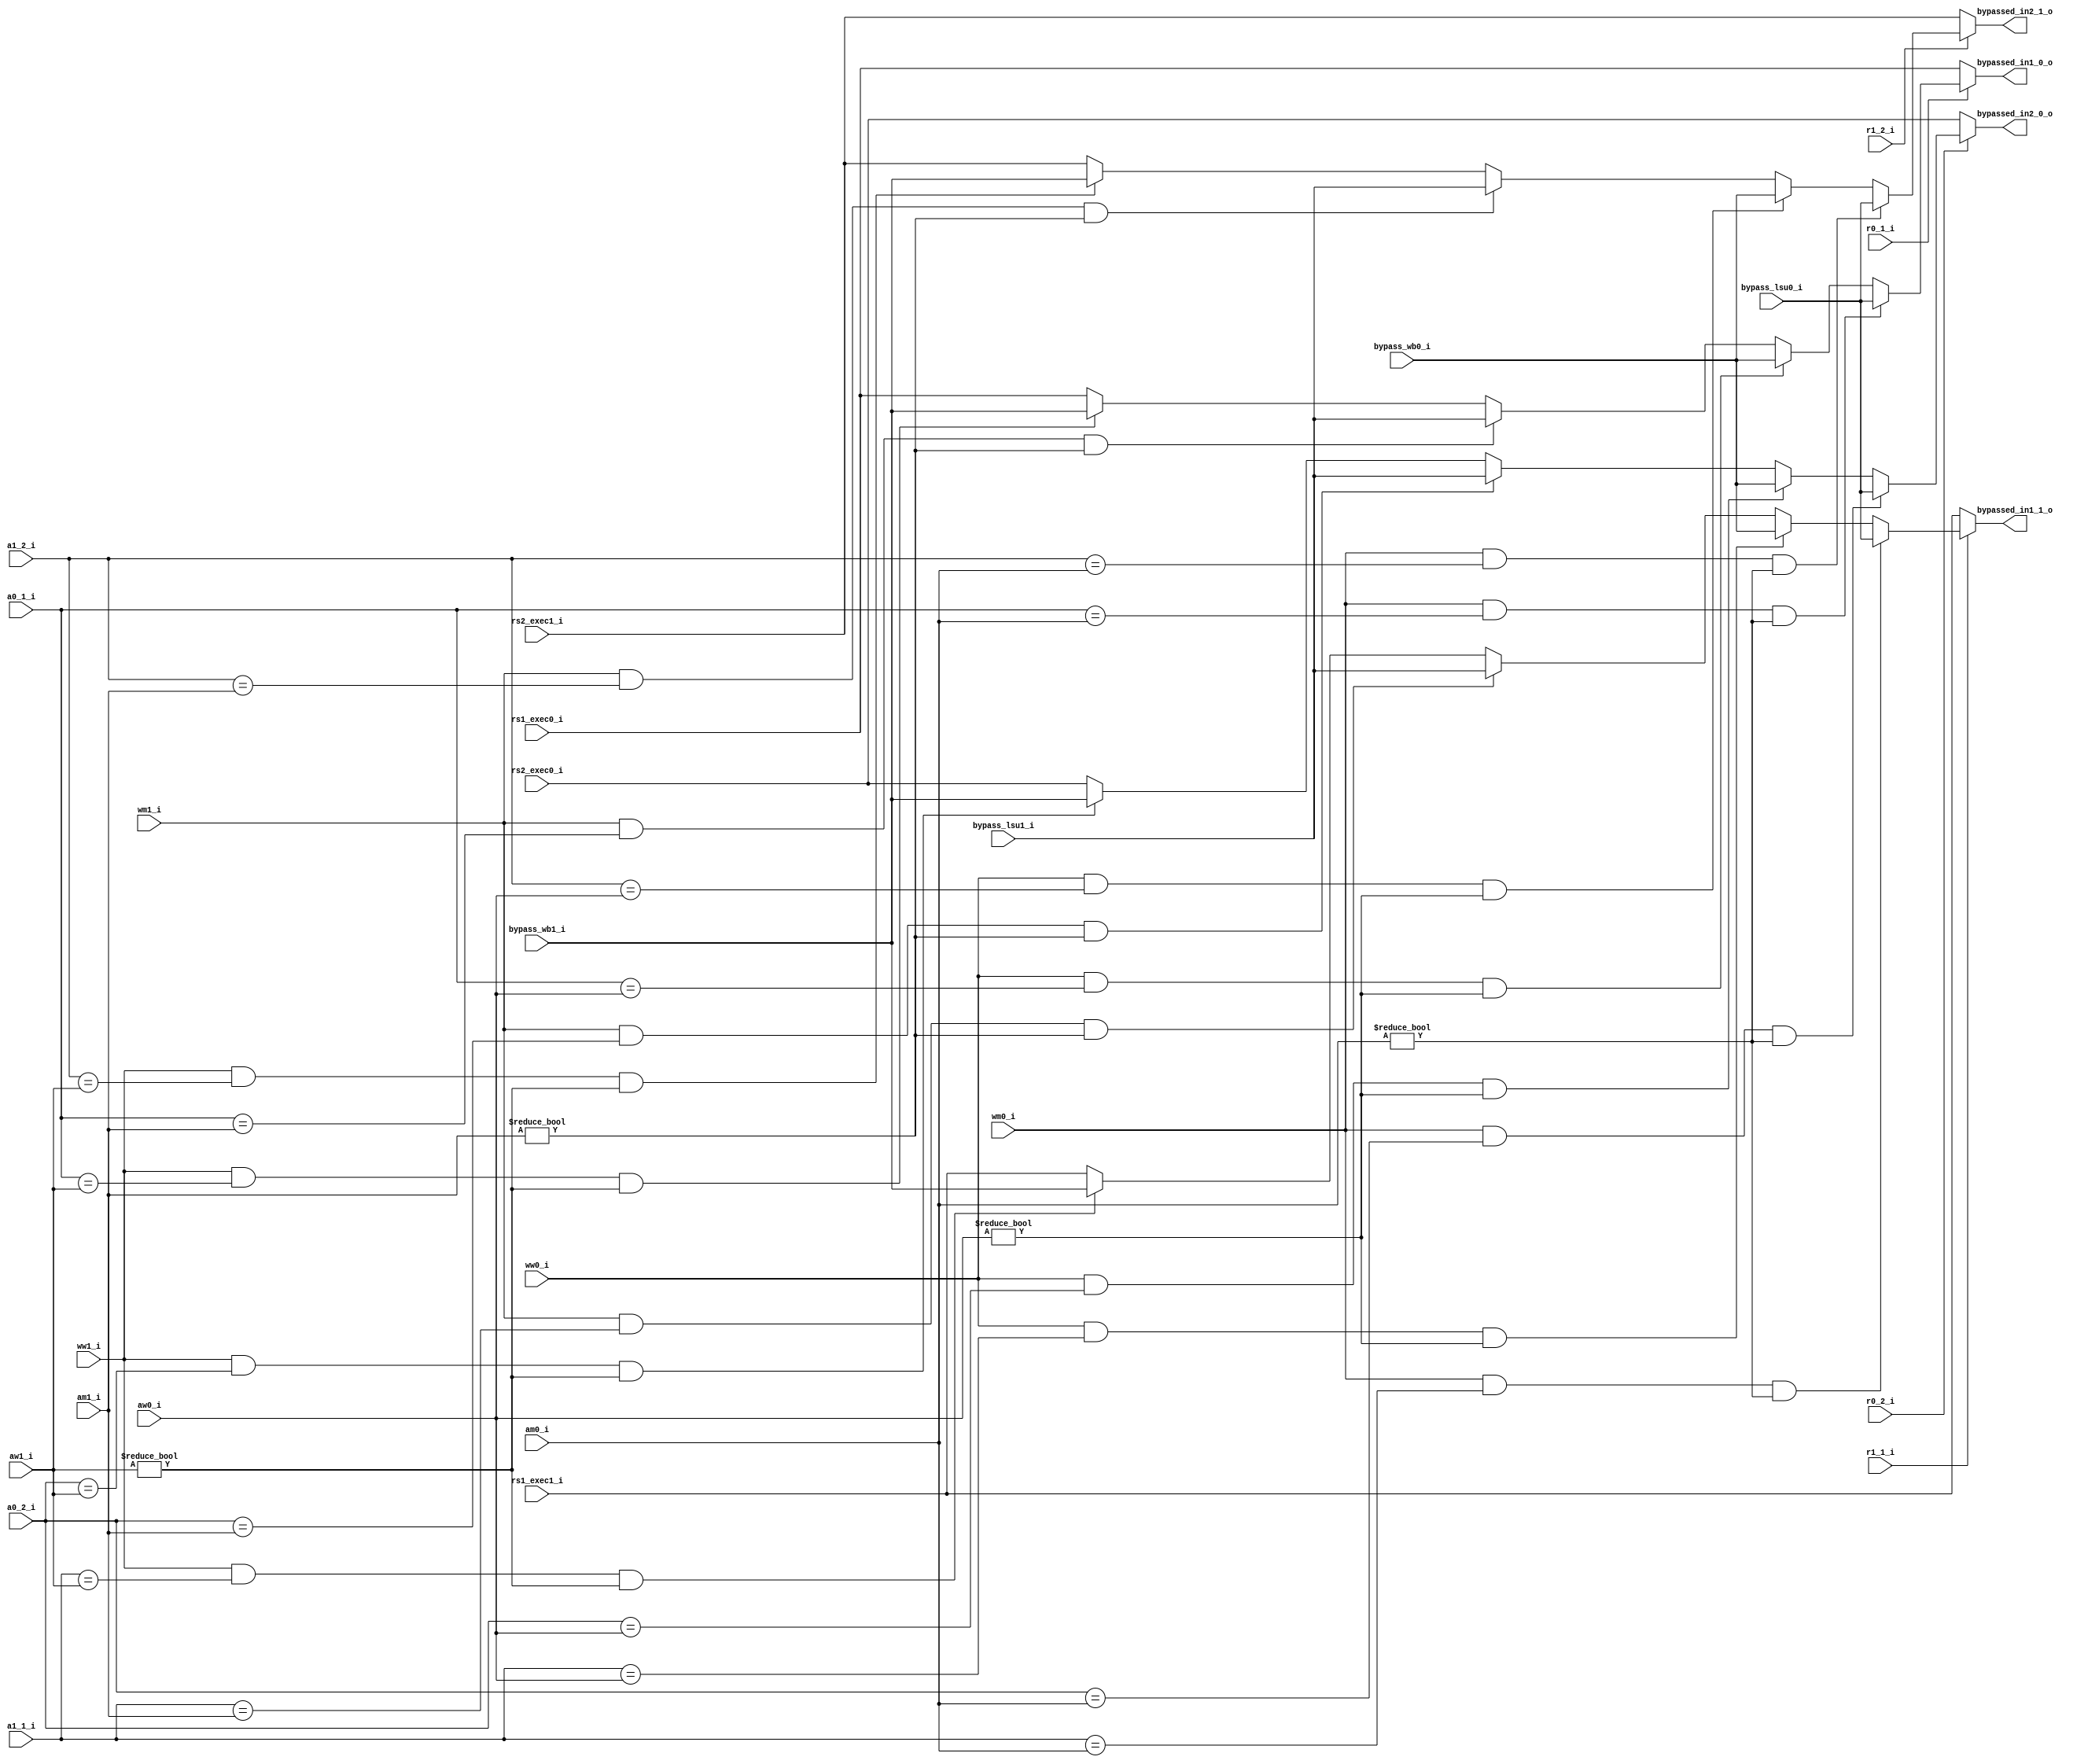
module bypass
(
    input       [31:0]  rs1_exec0_i,
    input       [31:0]  rs2_exec0_i,
    input       [31:0]  bypass_lsu0_i,
    input       [31:0]  bypass_wb0_i,

    input       [31:0]  rs1_exec1_i,
    input       [31:0]  rs2_exec1_i,
    input       [31:0]  bypass_lsu1_i,
    input       [31:0]  bypass_wb1_i,
    
    input               r0_1_i,
    input               r0_2_i,
    input       [04:0]  a0_1_i,
    input       [04:0]  a0_2_i,

    input               r1_1_i,
    input               r1_2_i,
    input       [04:0]  a1_1_i,
    input       [04:0]  a1_2_i,

    input               wm0_i,
    input       [04:0]  am0_i,

    input               wm1_i,
    input       [04:0]  am1_i,

    input               ww0_i,
    input       [04:0]  aw0_i,

    input               ww1_i,
    input       [04:0]  aw1_i,
    
    output reg  [31:0]  bypassed_in1_0_o = 0,
    output reg  [31:0]  bypassed_in2_0_o = 0,
    output reg  [31:0]  bypassed_in1_1_o = 0,
    output reg  [31:0]  bypassed_in2_1_o = 0

);

    always @(*) begin
        // mux0_src1
        if          (!r0_1_i)
            bypassed_in1_0_o <= rs1_exec0_i;
        else if (wm0_i && (a0_1_i == am0_i) && (am0_i != 0))
            bypassed_in1_0_o <= bypass_lsu0_i;
        else if (ww0_i && (a0_1_i == aw0_i) && (aw0_i != 0))
            bypassed_in1_0_o <= bypass_wb0_i;
        else if (wm1_i && (a0_1_i == am1_i) && (am1_i != 0))
            bypassed_in1_0_o <= bypass_lsu1_i;
        else if (ww1_i && (a0_1_i == aw1_i) && (aw1_i != 0))
            bypassed_in1_0_o <= bypass_wb1_i;
        else
            bypassed_in1_0_o <= rs1_exec0_i;

        // mux0_src2
        if          (!r0_2_i)
            bypassed_in2_0_o <= rs2_exec0_i;
        else if (wm0_i && (a0_2_i == am0_i) && (am0_i != 0))
            bypassed_in2_0_o <= bypass_lsu0_i;
        else if (ww0_i && (a0_2_i == aw0_i) && (aw0_i != 0))
            bypassed_in2_0_o <= bypass_wb0_i;
        else if (wm1_i && (a0_2_i == am1_i) && (am1_i != 0))
            bypassed_in2_0_o <= bypass_lsu1_i;
        else if (ww1_i && (a0_2_i == aw1_i) && (aw1_i != 0))
            bypassed_in2_0_o <= bypass_wb1_i;
        else
            bypassed_in2_0_o <= rs2_exec0_i;

        // mux1_src1
        if          (!r1_1_i)
            bypassed_in1_1_o <= rs1_exec1_i;
        else if (wm0_i && (a1_1_i == am0_i) && (am0_i != 0))
            bypassed_in1_1_o <= bypass_lsu0_i;
        else if (ww0_i && (a1_1_i == aw0_i) && (aw0_i != 0))
            bypassed_in1_1_o <= bypass_wb0_i;
        else if (wm1_i && (a1_1_i == am1_i) && (am1_i != 0))
            bypassed_in1_1_o <= bypass_lsu1_i;
        else if (ww1_i && (a1_1_i == aw1_i) && (aw1_i != 0))
            bypassed_in1_1_o <= bypass_wb1_i;
        else
            bypassed_in1_1_o <= rs1_exec1_i;

        // mux1_src2
        if          (!r1_2_i)
            bypassed_in2_1_o <= rs2_exec1_i;
        else if (wm0_i && (a1_2_i == am0_i) && (am0_i != 0))
            bypassed_in2_1_o <= bypass_lsu0_i;
        else if (ww0_i && (a1_2_i == aw0_i) && (aw0_i != 0))
            bypassed_in2_1_o <= bypass_wb0_i;
        else if (wm1_i && (a1_2_i == am1_i) && (am1_i != 0))
            bypassed_in2_1_o <= bypass_lsu1_i;
        else if (ww1_i && (a1_2_i == aw1_i) && (aw1_i != 0))
            bypassed_in2_1_o <= bypass_wb1_i;
        else
            bypassed_in2_1_o <= rs2_exec1_i;
    end

endmodule